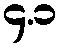
၄.၁